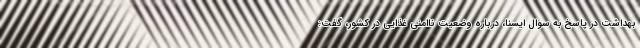
بهداشت در پاسخ به سوال ایسنا، درباره وضعیت ناامنی غذایی در کشور، گفت: